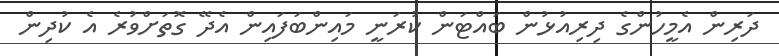
ދަރިން އެމީހުންގެ ދިރިއުޅުން ބައްޓަން ކުރަނީ މައިންބަފައިން އެދޭ ގޮތަށްވުރެ އެ ކުދިން